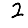
Digit: 2